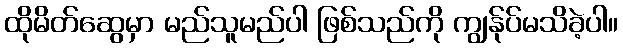
ထိုမိတ်ဆွေမှာ မည်သူမည်ပါ ဖြစ်သည်ကို ကျွန်ုပ်မသိခဲ့ပါ။